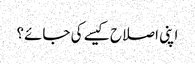
اپنی اصلاح کیسے کی جائے؟